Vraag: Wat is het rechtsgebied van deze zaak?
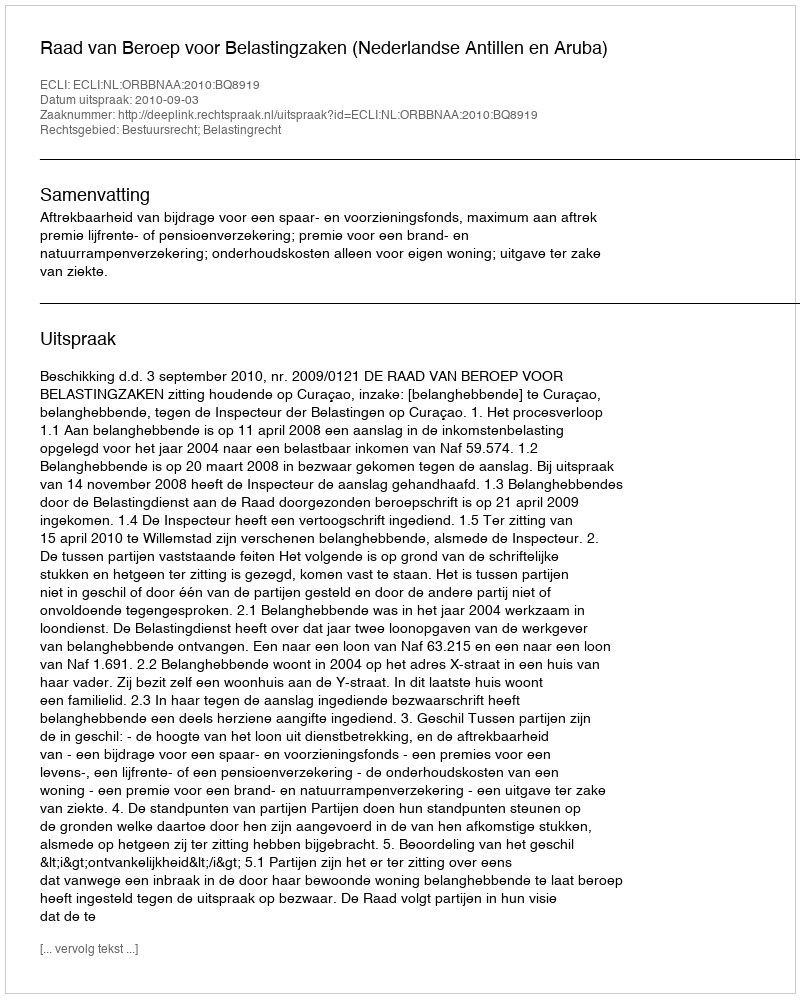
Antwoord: Bestuursrecht; Belastingrecht